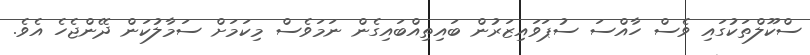
ސްކޫލްތަކުގައި ވެސް ހާއްސަ ސުޕަވައިޒަރުން ބައިތިއްބައިގެން ނަމަވެސް މިކަމަށް ސަމާލުކަން ދޭންޖެހެ އެވެ.